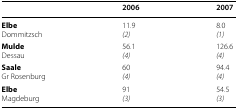
<table><thead><tr><td></td><td><b>2006</b></td><td><b>2007</b></td></tr></thead><tbody><tr><td><b>Elbe</b>Dommitzsch</td><td>11.9<i>(2)</i></td><td>8.0<i>(1)</i></td></tr><tr><td><b>Mulde</b>Dessau</td><td>56.1<i>(4)</i></td><td>126.6<i>(4)</i></td></tr><tr><td><b>Saale</b>Gr Rosenburg</td><td>60<i>(4)</i></td><td>94.4<i>(4)</i></td></tr><tr><td><b>Elbe</b>Magdeburg</td><td>91<i>(3)</i></td><td>54.5<i>(3)</i></td></tr></tbody></table>